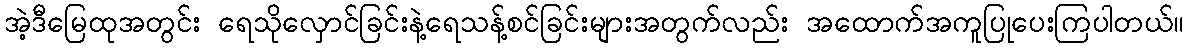
အဲ့ဒီမြေထုအတွင်း ရေသိုလှောင်ခြင်းနဲ့ရေသန့်စင်ခြင်းများအတွက်လည်း အထောက်အကူပြုပေးကြပါတယ်။